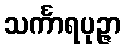
သင်္ကာရပုဉ္ဇာ